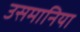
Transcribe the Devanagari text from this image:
उसमानिया